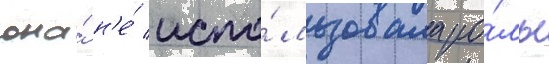
она́ н'е́ испо́льзовала ро́ль